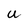
Character: U